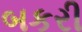
બકરી